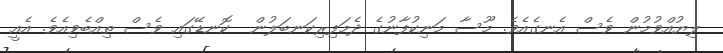
ލިޔުއްވުމުން ވެސް އެނގެއެވެ. މޫސާ މަނިކުފާނުގެ ދެމަފިރިކަނބަލުން  ކޮނޑޭގައި ވެސް ތިއްބެވިއެވެ. އެއީ